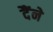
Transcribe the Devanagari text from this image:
दैंने